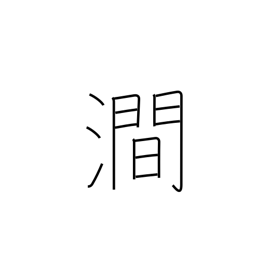
Meaning: valley river